Annual administration report of the Civil Veterinary Department of India - 1903-1904
Year: 1903
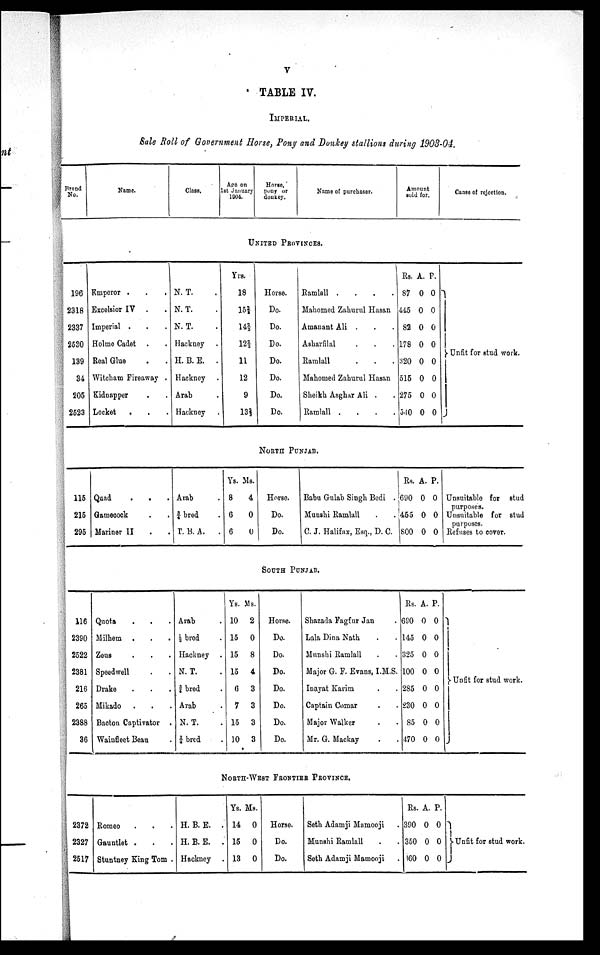
V
TABLE IV.
IMPERIAL.
Sale Roll of Government Horse, Pony and Donkey stallions during 1903-04.
Brand
No.
Name.
Class.
Age on
1st January
1904.
Horse,
pony or
donkey.
Name of purchaser.
Amount
sold for.
Canse of rejection.
UNITED PROVINCES.
196
2318
2337
2530
139
84
205
2523
Emperor . . .
Excelsior IV . .
Imperial . . .
Holme Cadet . .
Real Glue . .
Witeham Fireaway .
Kidnapper . .
Locket
. . .
N. T. .
N. T. .
N. T. .
Hackney .
H. B. E. .
Hackney .
Arab .
Hackney .
Yr
s.
18
15¾
142/3
122/3
11
12
9
132/3
Horse.
Do.
Do.
Do.
Do.
Do.
Do.
Do.
Ramlall .
.
.
.
Mahomed Zahurul Hasan
Amanant Ali . . .
Asharfilal . . .
Ramlall . . .
Mahomed Zahurul Hasan
Sheikh Asghar Ali . .
Ramlall .
.
.
.
Rs.
87
445
82
178
320
515
275
540
A.
0
0
0
0
0
0
0
0
P.
0
0
0
0
0
0
0
0
Unfit for stud work.
NORTH PUNJAB.
115
215
295
Quad
.
. .
Gamecock . .
Mariner II . .
Arab .
¾bred .
T. B. A..
Ys.
8
6
6
Ms.
4
0
0
Horse.
Do.
Do.
Babu Gulab Singh Bedi .
Munslu Ramlall . .
C. J. Halifax, Esq., D. C.
Rs.
690
455
800
A.
0
0
0
P.
0
0
0
Unsuitable for stud
purposes.
Unsuitable for stud
purposes.
Refuses to cover.
SOUTH PUNJAB.
116
2390
2522
2381
216
265
2388
36
Quota . . .
Milhem . . .
Zeus . . .
Speedwell . .
Drake . . .
Mikado . . .
Bacton Captivator .
Wainfleet Beau .
Arab .
½ bred .
Hackney .
N. T. .
¾ bred .
Arab .
N. T. .
¾ bred .
Ys.
10
15
15
15
6
7
15
10
Ms.
2
0
8
4
3
3
3
3
Horse.
Do.
Do.
Do.
Do.
Do.
Do.
Do.
Shazada Fagfur Jan .
Lala Dina Nath . .
Munshi Ramlall . .
Major G. F. Evans, I.M.S.
Inayat Karim . .
Captain Comar . .
Major Walker . .
Mr. G. Mackay . .
Rs
680
145
325
100
285
230
85
470
A.
0
0
0
0
0
0
0
0
P.
0
0
0
0
0
0
0
0
Unfit for stud work.
NORTH-WEST FRONTIER PROVINCE.
2372
2327
2517
Romeo . . .
Gauntlet . . .
Stuntney King Tom .
H. B. E. .
H. B. E. .
Hackney .
Ys.
14
15
13
Ms.
0
0
0
Horse.
Do.
Do.
Seth Adamji Mamooji .
Munshi Ramlall . .
Seth Adamji Mamooji .
Rs.
390
350
160
A
0
0
0
. P.
0
0
0
Unfit for stud work.